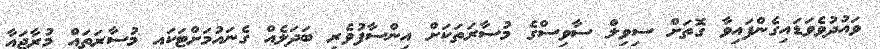
ވައުދުވެވަޑައިގެންފައިވާ ގޮތަށް ސިވިލް ސާވިސްގެ މުސާރަތަކަށް އިންސާފުވެރި ބަދަލެއް ގެނައުމަށްޓަކައި މުސާރަތައް މުރާޖައާ